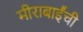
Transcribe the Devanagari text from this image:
मीराबाईंची